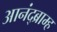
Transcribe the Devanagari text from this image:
आनंद्ब्राम्ह